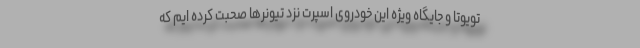
تویوتا و جایگاه ویژه این خودروی اسپرت نزد تیونرها صحبت کرده ایم که